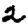
Digit: 2